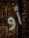
أو